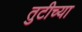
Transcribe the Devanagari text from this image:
तुटीच्या